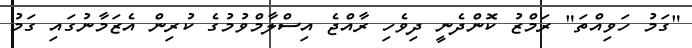
"ގަމު ހަވިއްތަ" ރަމްޒު ކޮންދެނީ ދިވެހި ރާއްޖެ އިސްލާމްވުމުގެ ކުރިން އެޒަމާނުގައި ގަމު